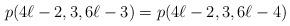
LaTeX: \begin{align*}p(4\ell-2, 3, 6\ell-3)=p(4\ell-2, 3, 6\ell-4)\end{align*}